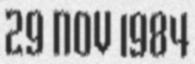
29 NOV 1984